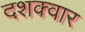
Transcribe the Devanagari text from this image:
दशक्वार